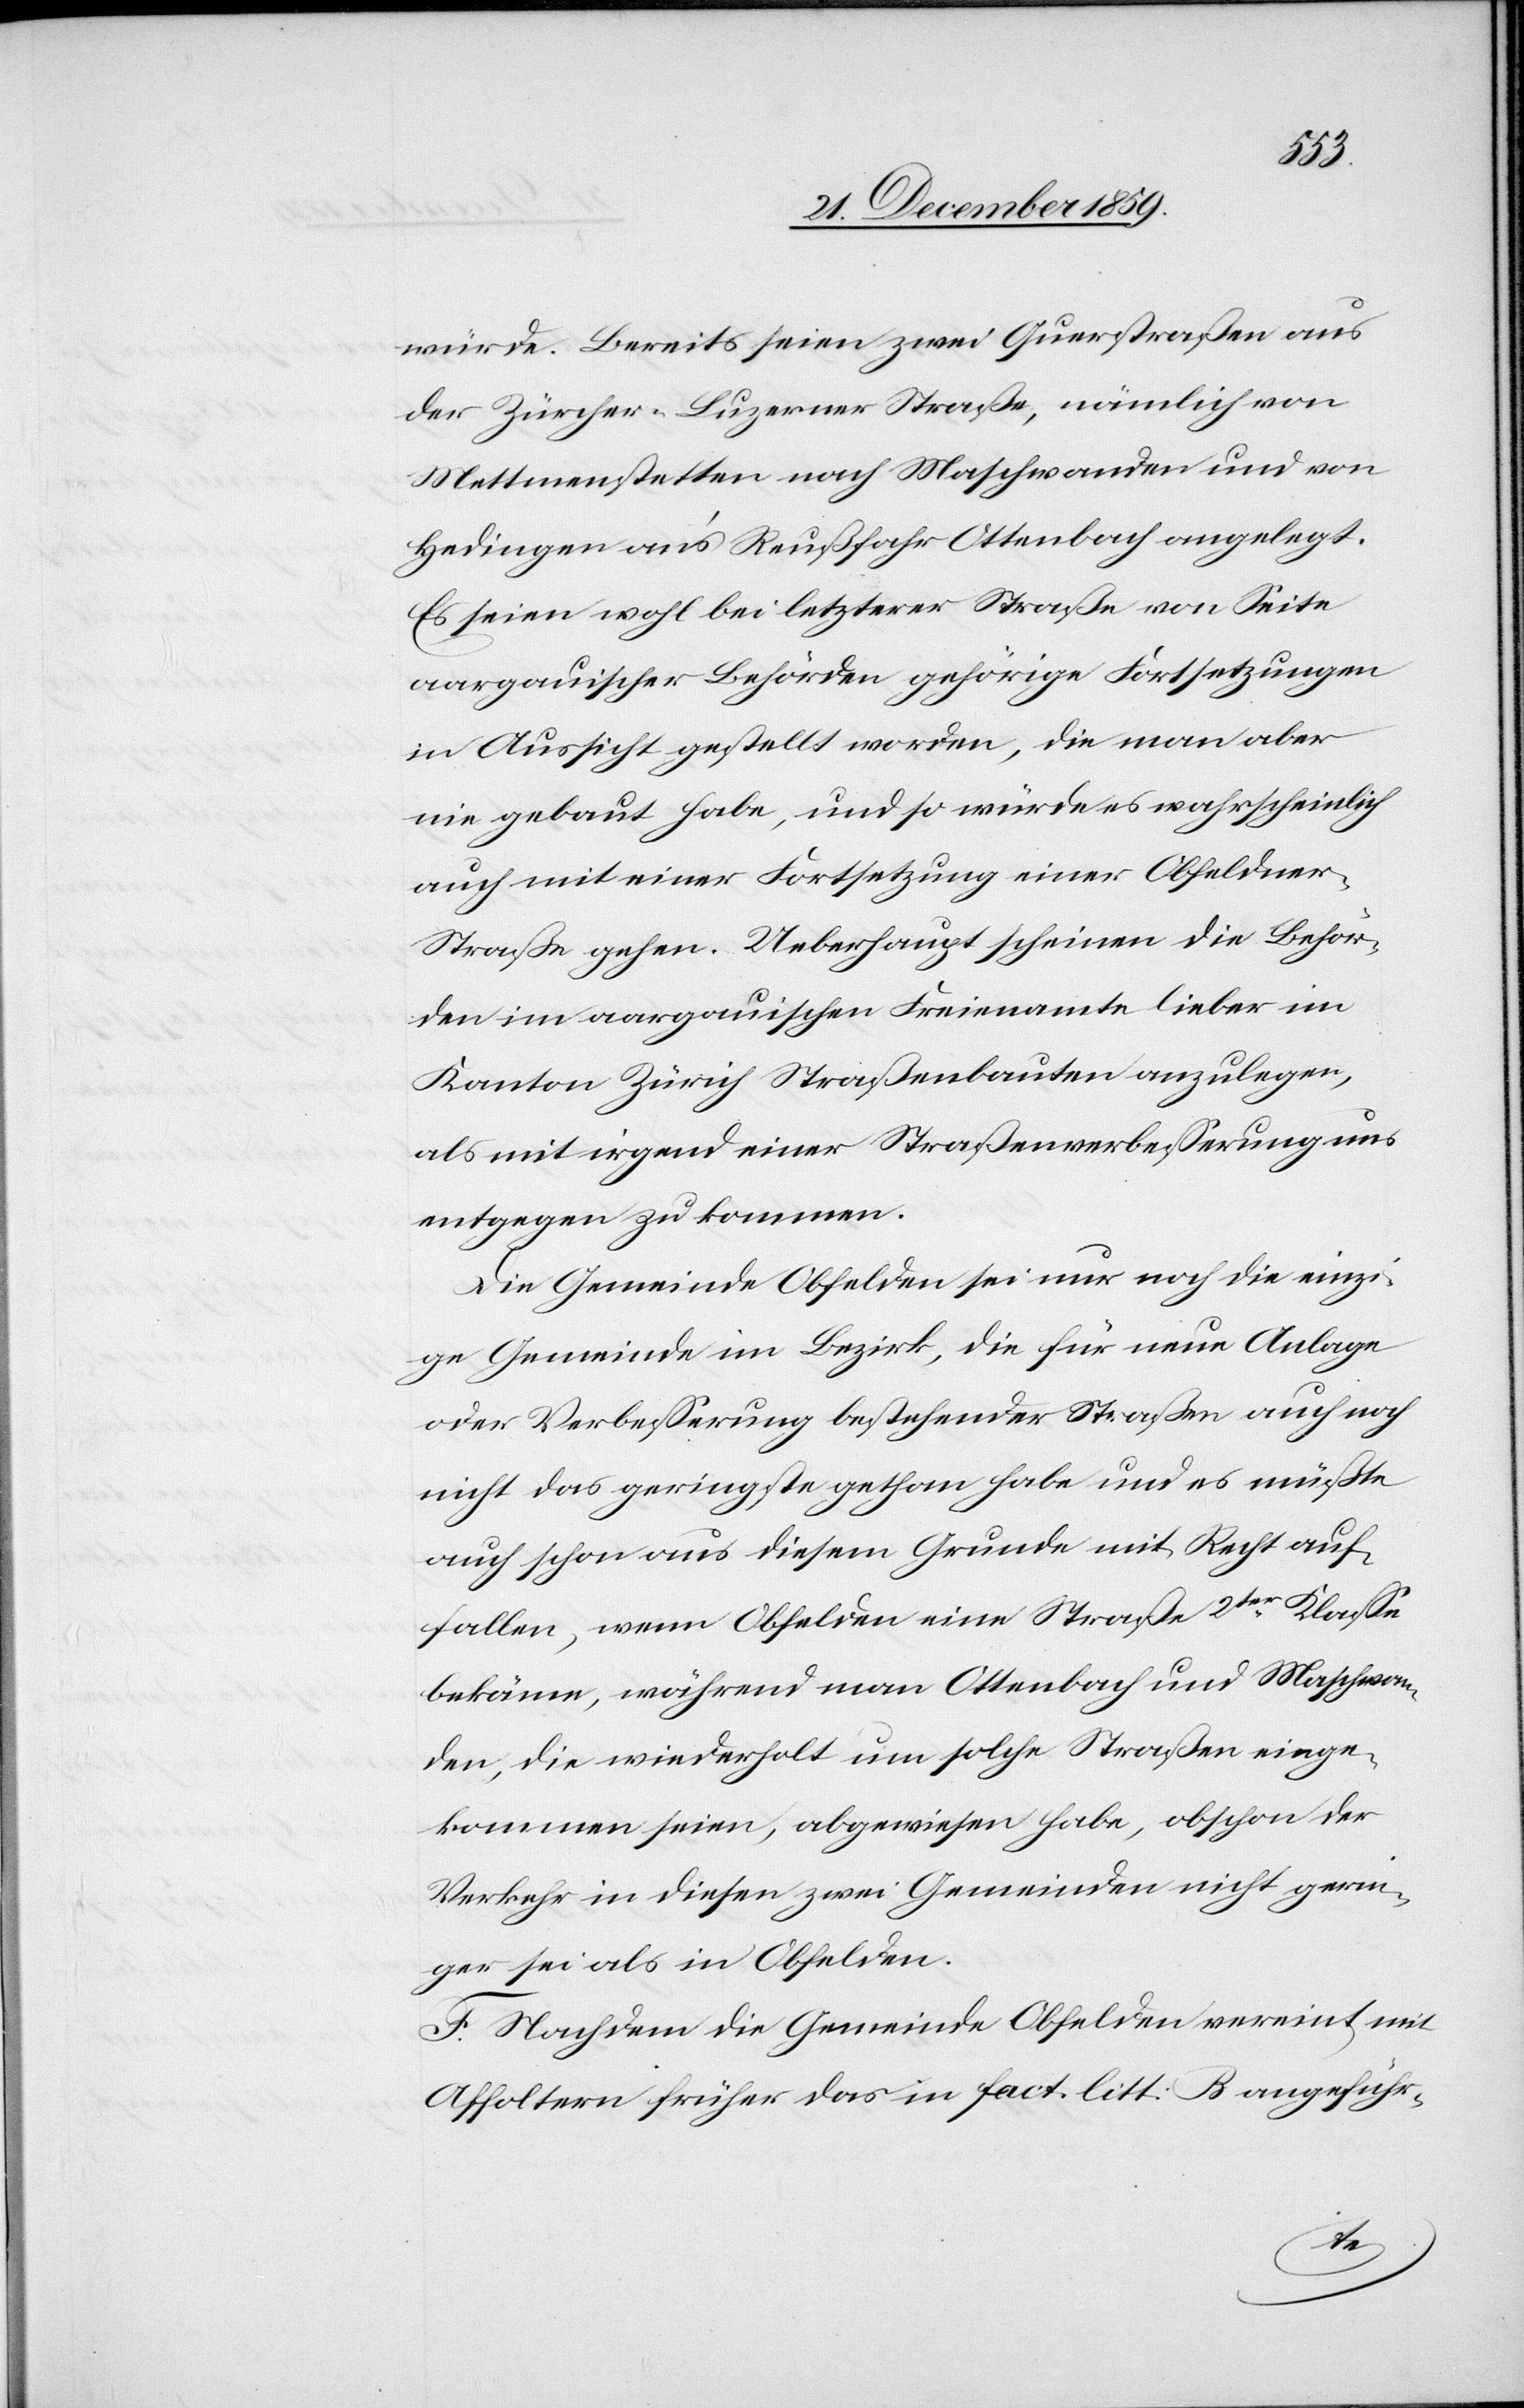
würde. Bereits seien zwei Querstraßen aus
der Zürcher-Luzerner Straße, nämlich von
Mettmenstetten nach Maschwanden und von
Hedingen an’s Reußfahr Ottenbach angelegt.
Es seien wohl bei letzterer Straße von Seite
aargauischer Behörden gehörige Fortsetzungen
in Aussicht gestellt worden, die man aber
nie gebaut habe, und so würde es wahrscheinlich
auch mit einer Fortsetzung einer Obfeldne¬
r-Straße gehen. Ueberhaupt scheinen die Behör¬
den im aargauischen Freienamte lieber im
Kanton Zürich Straßenbauten anzulegen,
als mit irgend einer Straßenverbesserung uns
entgegen zu kommen.
Die Gemeinde Obfelden sei nur noch die einzi¬
ge Gemeinde im Bezirk, die für neue Anlage
oder Verbesserung bestehender Straßen auch noch
nicht das geringste gethan habe und es müßte
auch schon aus diesem Grunde mit Recht auf¬
fallen, wenn Obfelden eine Straße 2ter Klasse
bekäme, während man Ottenbach und Maschwan¬
den, die wiederholt um solche Straßen einge¬
kommen seien, abgewiesen habe, obschon der
Verkehr in diesen zwei Gemeinden nicht gerin¬
ger sei als in Obfelden.
F. Nachdem die Gemeinde Obfelden vereint mit
Affoltern früher das in fact litt: B angeführ-